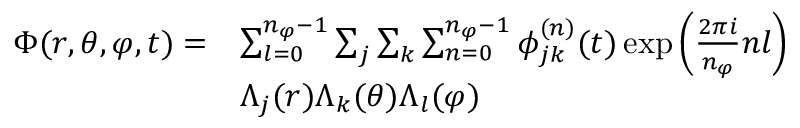
\begin{array} { r l } { \Phi ( r , \theta , \varphi , t ) = } & { \sum _ { l = 0 } ^ { n _ { \varphi } - 1 } \sum _ { j } \sum _ { k } \sum _ { n = 0 } ^ { n _ { \varphi } - 1 } \phi _ { j k } ^ { ( n ) } ( t ) \exp { \left( \frac { 2 \pi i } { n _ { \varphi } } n l \right) } } \\ & { \Lambda _ { j } ( r ) \Lambda _ { k } ( \theta ) \Lambda _ { l } ( \varphi ) } \end{array}